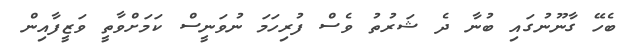
ބެހޭ ގާނޫނުގައި ބުނާ ދެ ޝަރުތު ވެސް ފުރިހަމަ ނުވަނީސް ކަމަށްވާތީ ވަޒީފާއިން